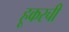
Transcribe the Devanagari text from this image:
हूकरची